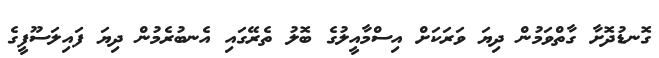
ގޮނޑުދޮށާ ގާތްވަމުން ދިޔަ ވަރަކަށް އިސްމާއީލުގެ ބޮލު ތެރޭގައި އެނބުރެމުން ދިޔަ ފައިލަސޫފީގެ